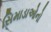
સિમાડાઓનો